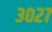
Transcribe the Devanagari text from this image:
३०२७